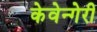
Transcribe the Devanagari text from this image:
केवेन्गेरी